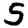
Digit: 5